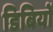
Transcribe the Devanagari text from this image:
डिबियों